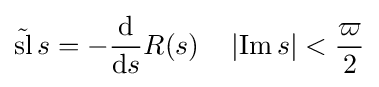
{\tilde {\operatorname {sl} }}\,s=-{\frac {\mathrm {d} }{\mathrm {d} s}}R(s)\quad \left|\operatorname {Im} s\right|<{\frac {\varpi }{2}}